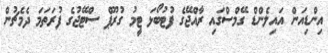
އިންޑިއަން އައިލެންޑް ގޭމްސްގައި ރާއްޖޭގެ ފުޓުބޯޅަ ޓީމު ގުރޫޕް ސްޓޭޖުގެ ފުރަތަމަ ދެމެޗުން